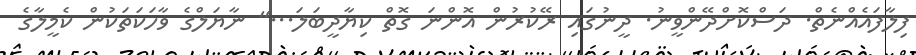
ފިލާފައެއްނެތް. ދަސްކޮށްދޭންވީނު. ދީނުގައި ރޭކުރުން އޮންނަ ގޮތް ކިޔާދީބަލަ..." ނާޔަލްގެ ވާހަކަތަކުން ކެމީލާގެ